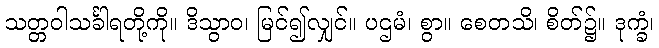
သတ္တဝါသင်္ခါရတို့ကို။ ဒိသွာဝ၊ မြင်၍လျှင်။ ပဌမံ၊ စွာ။ စေတသိ၊ စိတ်၌။ ဒုက္ခံ၊